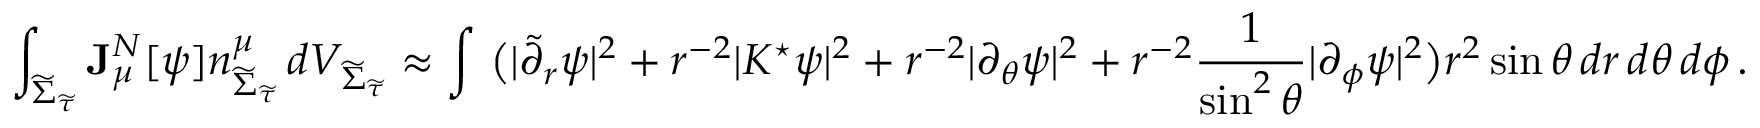
\int _ { { \widetilde { \Sigma } _ { \widetilde { \tau } } } } \mathbf { J } _ { \mu } ^ { N } [ \psi ] n _ { { \widetilde { \Sigma } _ { \widetilde { \tau } } } } ^ { \mu } \, d V _ { { \widetilde { \Sigma } _ { \widetilde { \tau } } } } \approx \int \, \big ( | \widetilde { \partial } _ { r } \psi | ^ { 2 } + r ^ { - 2 } | K ^ { \star } \psi | ^ { 2 } + r ^ { - 2 } | \partial _ { \theta } \psi | ^ { 2 } + r ^ { - 2 } \frac { 1 } { \sin ^ { 2 } \theta } | \partial _ { \phi } \psi | ^ { 2 } \big ) r ^ { 2 } \sin \theta \, d r \, d \theta \, d \phi \, .